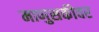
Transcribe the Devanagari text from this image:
माणुसकीवर